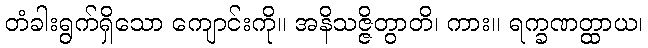
တံခါးရွက်ရှိသော ကျောင်းကို။ အနိသဇ္ဇိတွာတိ၊ ကား။ ရက္ခဏတ္ထာယ၊